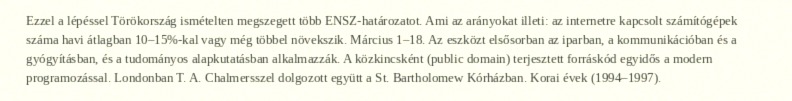
Ezzel a lépéssel Törökország ismételten megszegett több ENSZ-határozatot. Ami az arányokat illeti: az internetre kapcsolt számítógépek száma havi átlagban 10–15%-kal vagy még többel növekszik. Március 1–18. Az eszközt elsősorban az iparban, a kommunikációban és a gyógyításban, és a tudományos alapkutatásban alkalmazzák. A közkincsként (public domain) terjesztett forráskód egyidős a modern programozással. Londonban T. A. Chalmersszel dolgozott együtt a St. Bartholomew Kórházban. Korai évek (1994–1997).